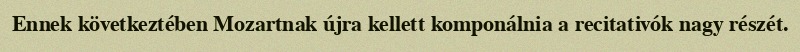
Ennek következtében Mozartnak újra kellett komponálnia a recitativók nagy részét.